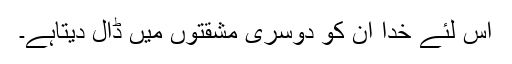
اس لئے خدا اُن کو دوسری مشقّتوں میں ڈال دیتاہے۔